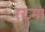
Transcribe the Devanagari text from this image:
रख्मा